Insane asylums Bombay 1873-77 - 1873-1877
Year: 1873
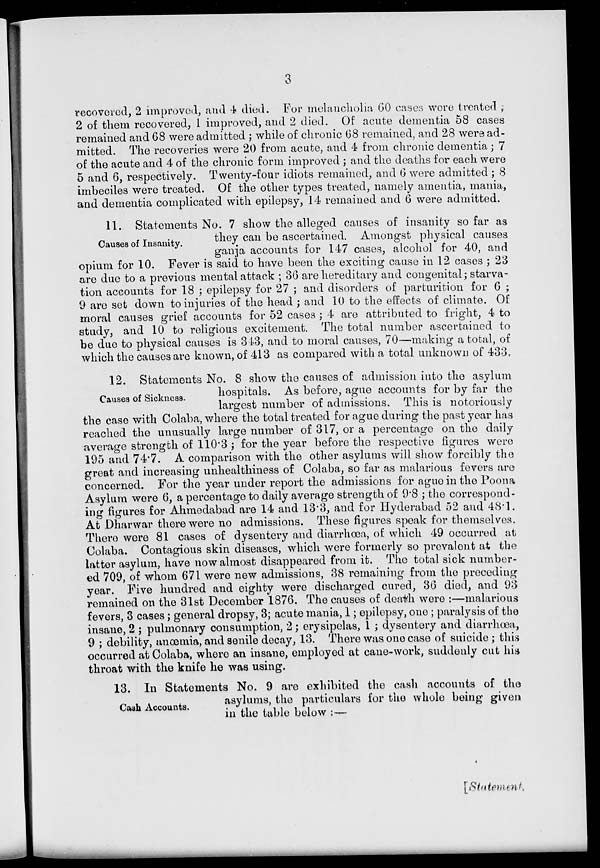
3
recovered, 2 improved, and 4 died. For melancholia 60 cases were treated ;
2 of them recovered, 1 improved, and 2 died. Of acute dementia 58 cases
remained and 68 were admitted ; while of chronic 68 remained, and 28 were ad-
mitted. The recoveries were 20 from acute, and 4 from chronic dementia ; 7
of the acute and 4 of the chronic form improved ; and the deaths for each were
5 and 6, respectively. Twenty-four idiots remained, and 6 were admitted ; 8
imbeciles were treated. Of the other types treated, namely amentia, mania,
and dementia complicated with epilepsy, 14 remained and 6 were admitted.
Causes of Insanity.
11. Statements No. 7 show the alleged causes of insanity so far as
they can be ascertained. Amongst physical causes
ganja accounts for 147 cases, alcohol for 40, and
opium for 10. Fever is said to have been the exciting cause in 12 cases ; 23
are due to a previous mental attack ; 36 are hereditary and congenital; starva-
tion accounts for 18 ; epilepsy for 27 ; and disorders of parturition for 6 ;
9 are set down to injuries of the head ; and 10 to the effects of climate. Of
moral causes grief accounts for 52 cases ; 4 are attributed to fright, 4 to
study, and 10 to religious excitement. The total number ascertained to
be due to physical causes is 343, and to moral causes, 70—making a total, of
which the causes are known, of 413 as compared with a total unknown of 433.
Causes of Sickness.
12. Statements No. 8 show the causes of admission into the asylum
hospitals. As before, ague accounts for by far the
largest number of admissions. This is notoriously
the case with Colaba, where the total treated for ague during the past year has
reached the unusually large number of 317, or a percentage on the daily
average strength of 110.3 ; for the year before the respective figures were
195 and 74.7. A comparison with the other asylums will show forcibly the
great and increasing unhealthiness of Colaba, so far as malarious fevers are
concerned. For the year under report the admissions for ague in the Poona
Asylum were 6, a percentage to daily average strength of 9.8 ; the correspond-
ing figures for Ahmedabad are 14 and 13.3, and for Hyderabad 52 and 48.1.
At Dharwar there were no admissions. These figures speak for themselves.
There were 81 cases of dysentery and diarrhœa, of which 49 occurred at
Colaba. Contagious skin diseases, which were formerly so prevalent at the
latter asylum, have now almost disappeared from it. The total sick number-
ed 709, of whom 671 were new admissions, 38 remaining from the preceding
year. Five hundred and eighty were discharged cured, 36 died, and 93
remained on the 31st December 1876. The causes of death were :—malarious
fevers, 3 cases; general dropsy, 3; acute mania, 1; epilepsy, one; paralysis of the
insane, 2 ; pulmonary consumption, 2; erysipelas, 1 ; dysentery and diarrhœa,
9 ; debility, anœmia, and senile decay, 13. There was one case of suicide ; this
occurred at Colaba, where an insane, employed at cane-work, suddenly cut his
throat with the knife he was using.
Cash Accounts.
13. In Statements No. 9 are exhibited the cash accounts of the
asylums, the particulars for the whole being given
in the table below :—
[Statement.